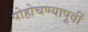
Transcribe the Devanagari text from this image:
पोहोचण्यापूर्वी